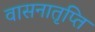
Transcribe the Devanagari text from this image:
वासनातृप्ति